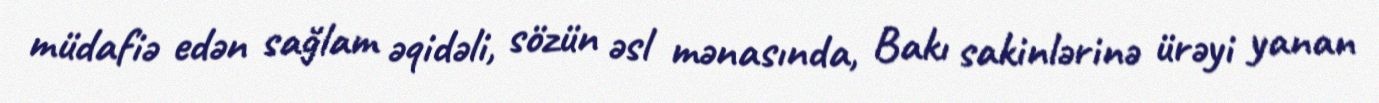
müdafiə edən sağlam əqidəli, sözün əsl mənasında, Bakı sakinlərinə ürəyi yanan